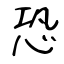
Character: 恐